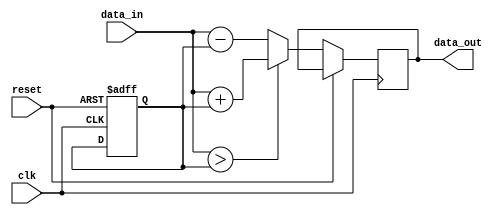
module ParameterFocusedInit #(
    parameter INTEGER_SIZE = 8,        // Size of the internal variable
    parameter THRESHOLD_VALUE = 128,    // Threshold for conditional logic
    parameter MODE_SELECT = 0           // Mode of operation (0 or 1)
)(
    input wire clk,                     // Clock input
    input wire reset,                   // Reset signal
    input wire [INTEGER_SIZE-1:0] data_in, // Data input
    output reg [INTEGER_SIZE-1:0] data_out // Data output
);

    // Internal variable declaration
    reg [INTEGER_SIZE-1:0] internal_var;

    // Initialization block
    initial begin
        // Initialize internal_var based on parameters
        if (MODE_SELECT == 0) begin
            internal_var = THRESHOLD_VALUE; // Set to threshold value in mode 0
        end else begin
            internal_var = 0; // Set to 0 in mode 1
        end
    end

    // Reset mechanism to reinitialize internal states
    always @(posedge clk or posedge reset) begin
        if (reset) begin
            // Reinitialize based on parameters
            if (MODE_SELECT == 0) begin
                internal_var <= THRESHOLD_VALUE;
            end else begin
                internal_var <= 0;
            end
        end else begin
            // Behavioral logic
            // Example: Simple operation to demonstrate usage of initialized variable
            if (data_in > internal_var) begin
                data_out <= data_in + internal_var; // Example operation
            end else begin
                data_out <= data_in - internal_var; // Example operation
            end
        end
    end

endmodule